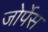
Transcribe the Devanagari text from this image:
जोर्पेस